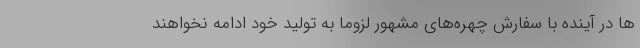
ها در آینده با سفارش چهره‌های مشهور لزوما به تولید خود ادامه نخواهند